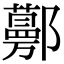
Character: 𨟔